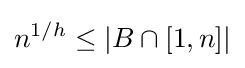
n^{1/h}\leq |B\cap [1,n]|